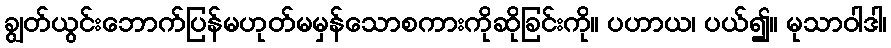
ချွတ်ယွင်းဘောက်ပြန်မဟုတ်မမှန်သောစကားကိုဆိုခြင်းကို။ ပဟာယ၊ ပယ်၍။ မုသာဝါဒါ၊